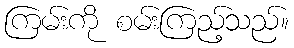
ကြမ်းကို စမ်းကြည့်သည်။